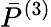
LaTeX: \bar{P}^{(3)}